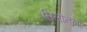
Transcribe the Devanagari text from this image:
सिलोनला